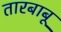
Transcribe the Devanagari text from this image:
तारबाबू